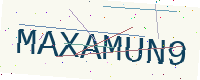
Text: MAXAMUN9